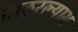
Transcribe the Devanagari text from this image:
ताठरल्यास